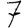
Digit: 7